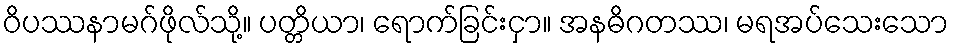
ဝိပဿနာမဂ်ဖိုလ်သို့။ ပတ္တိယာ၊ ရောက်ခြင်းငှာ။ အနဓိဂတဿ၊ မရအပ်သေးသော